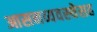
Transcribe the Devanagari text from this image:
आसनव्यवस्थेसह